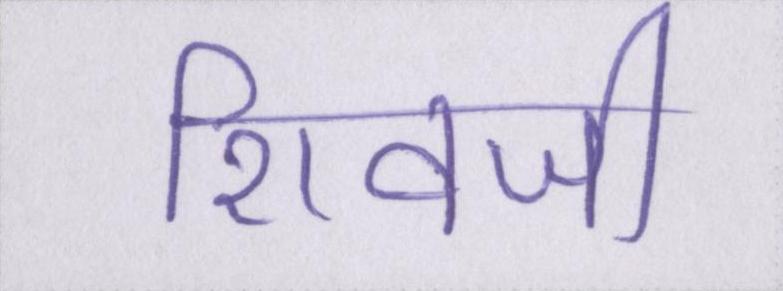
शिवजी